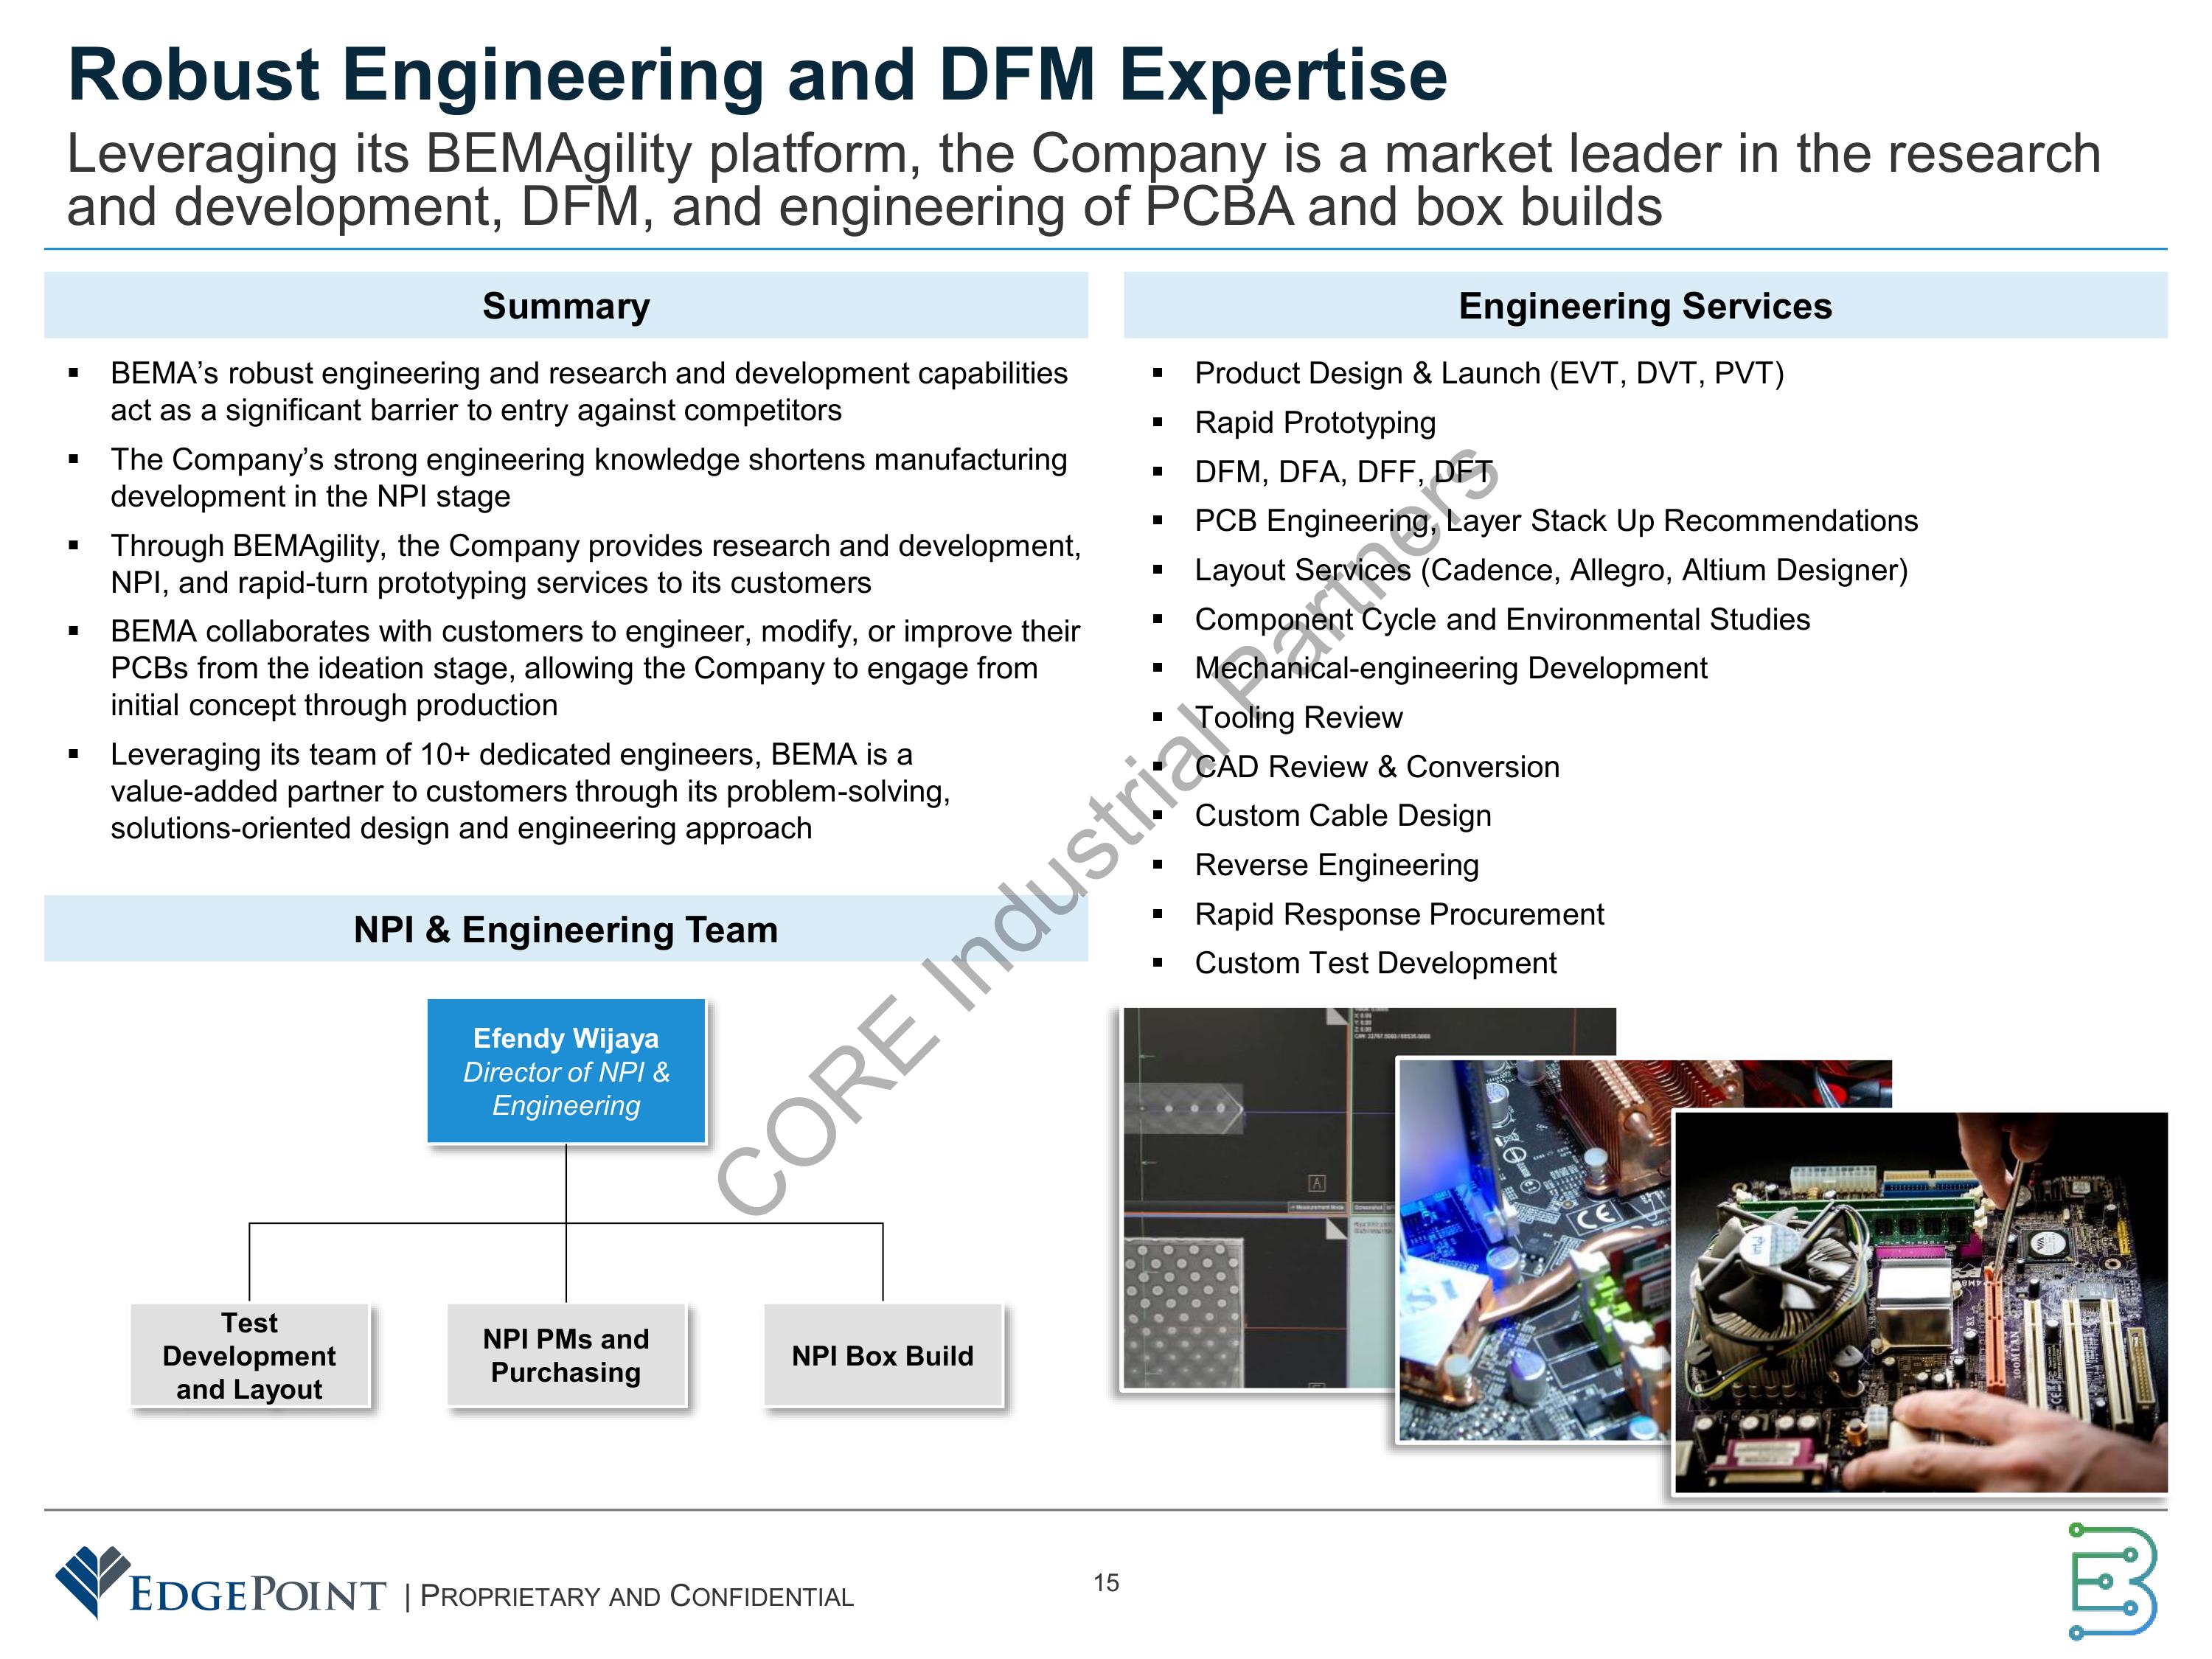
Robust Engineering and DFM Expertise

Leveraging its BEMAgility platform, the Company is a market leader in the research
and development, DFM, and engineering of PCBA and box builds

                     Summary                                                                    Engineering Services

•   BEMA's robust engineering and research and development capabilities           •   Product Design & Launch (EVT, DVT, PVT)
    act as a significant barrier to entry against competitors                     •   Rapid Prototyping
•   The Company's strong engineering knowledge shortens manufacturing             •   DFM, DFA, DFF, DFT
    development in the NPI stage                                                  •   PCB Engineering, Layer Stack Up Recommendations
•   Through BEMAgility, the Company provides research and development,            •   Layout Services (Cadence, Allegro, Altium Designer)
    NPI, and rapid-turn prototyping services to its customers                     •   Component Cycle and Environmental Studies
•   BEMA collaborates with customers to engineer, modify, or improve their        •   Mechanical-engineering Development
    PCBs from the ideation stage, allowing the Company to engage from             •   Tooling Review
    initial concept through production
                                                                                   •   CAD Review & Conversion
•   Leveraging its team of 10+ dedicated engineers, BEMA is a
                                                                                   •   Custom Cable Design
    value-added partner to customers through its problem-solving,
    solutions-oriented design and engineering approach                            •   Reverse Engineering
                                                                                   •   Rapid Response Procurement
                                                                                   •   Custom Test Development
                     NPI & Engineering Team

                              Efendy Wijaya
                            Director of NPI &
                              Engineering

         Test Development              NPI PMs and              NPI Box Build
            and Layout               Purchasing

EDGEPOINT | PROPRIETARY AND CONFIDENTIAL                                   15